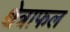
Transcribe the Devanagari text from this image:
क्षेत्राफल